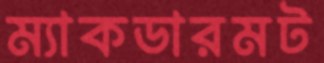
ম্যাকডারমট